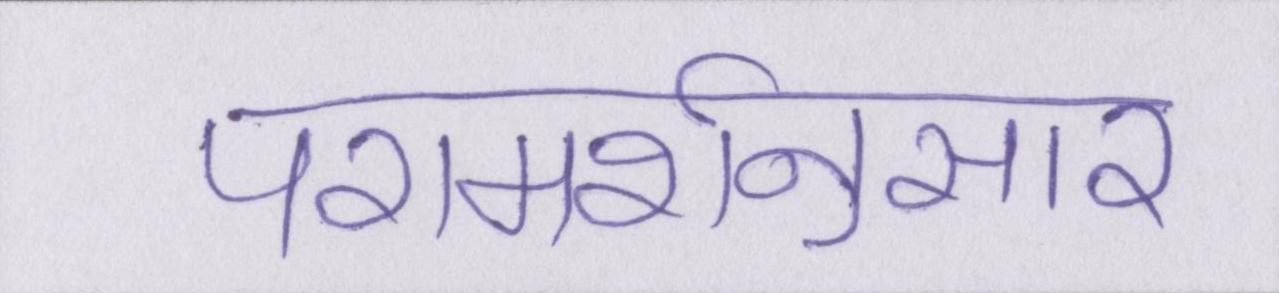
परामर्शनुसार